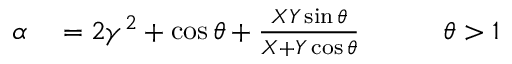
\begin{array} { r l r } { \alpha } & { { } = 2 \gamma ^ { 2 } + \cos \theta + \frac { X Y \sin \theta } { X + Y \cos \theta } \qquad } & { \theta > 1 } \end{array}